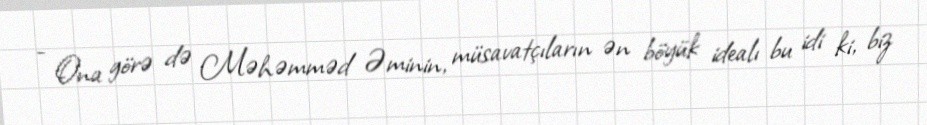
- Ona görə də Məhəmməd Əminin, müsavatçıların ən böyük idealı bu idi ki, biz